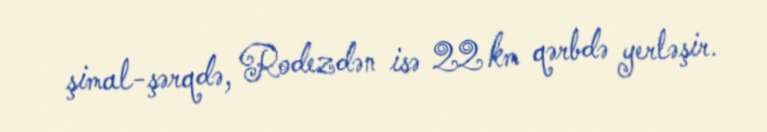
şimal-şərqdə, Rodezdən isə 22 km qərbdə yerləşir.